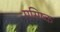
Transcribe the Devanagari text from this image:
मसिष्क